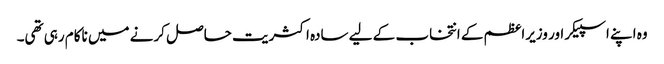
وہ اپنے اسپیکر اور وزیراعظم کے انتخاب کے لیے سادہ اکثریت حاصل کرنے میں ناکام رہی تھی۔